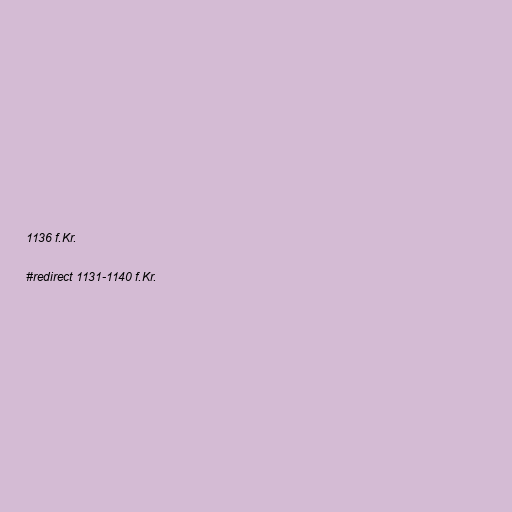
1136 f.Kr.

#redirect 1131-1140 f.Kr.